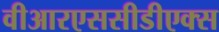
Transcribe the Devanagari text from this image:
वीआरएससीडीएक्स